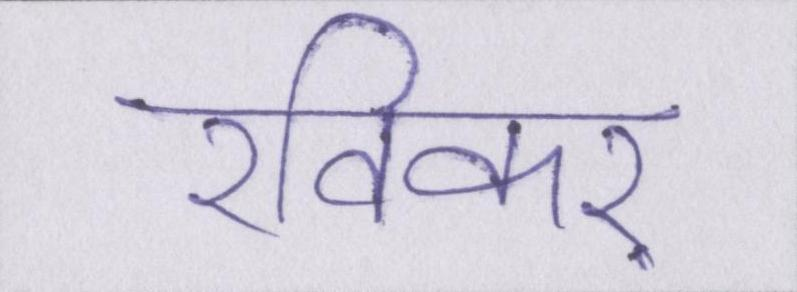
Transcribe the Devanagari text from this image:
रविकर